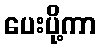
ပေးပို့ကာ